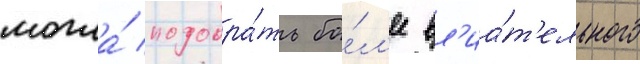
могла́ подобра́ть бо́л'ее вл'иа́т'ельного